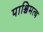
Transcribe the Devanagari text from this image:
पाश्चिमत्य